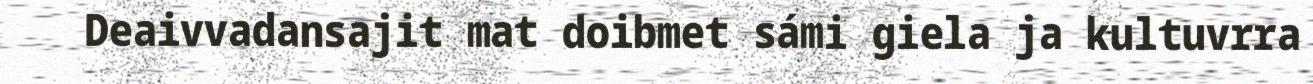
Deaivvadansajit mat doibmet sámi giela ja kultuvrra